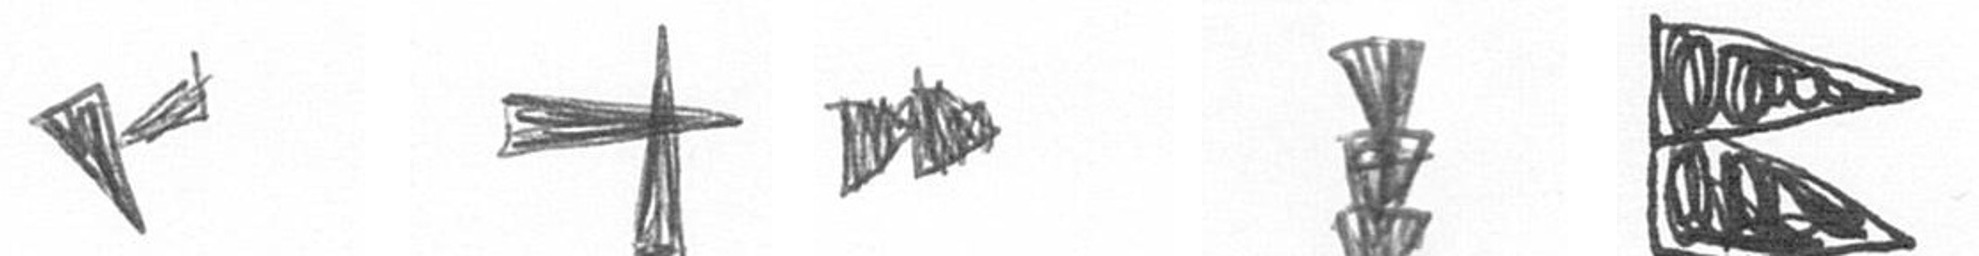
F G A E P